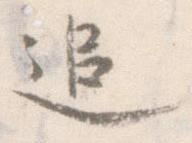
追